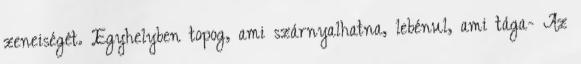
zeneiségét. Egyhelyben topog, ami szárnyalhatna, lebénul, ami tága- Az